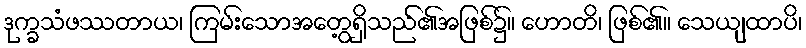
ဒုက္ခသံဖဿတာယ၊ ကြမ်းသောအတွေ့ရှိသည်၏အဖြစ်၌။ ဟောတိ၊ ဖြစ်၏။ သေယျထာပိ၊